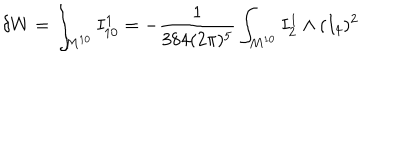
\delta W = \int _ { M ^ { 1 0 } } I _ { 1 0 } ^ { 1 } = - \frac { 1 } { 3 8 4 ( 2 \pi ) ^ { 5 } } \int _ { M ^ { 1 0 } } I _ { 2 } ^ { 1 } \wedge ( I _ { 4 } ) ^ { 2 }